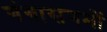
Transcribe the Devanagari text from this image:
गंगासंगमों